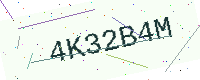
Text: 4K32B4M